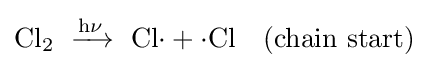
\mathrm {Cl_{2}\ \xrightarrow {h\nu } \ Cl{\cdot }+{\cdot }Cl\quad (chain\ start)}